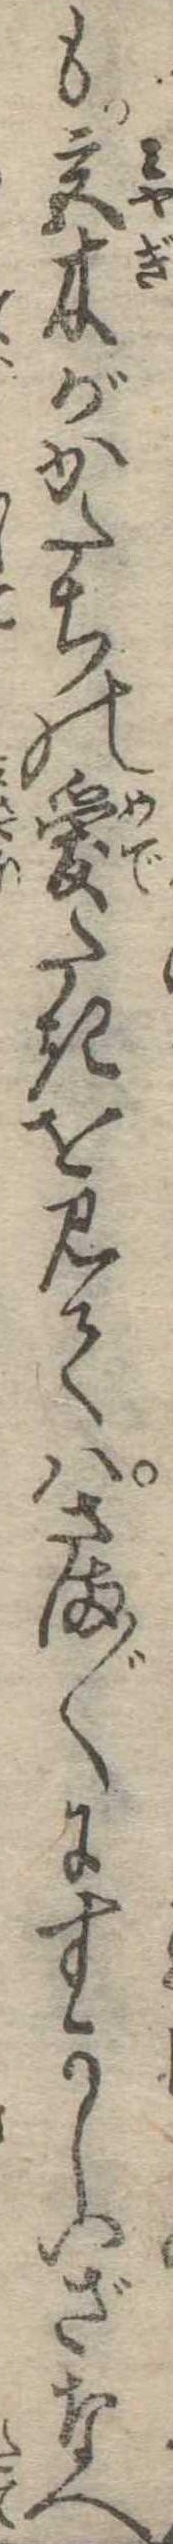
も宮木がかたちの愛たきを見てはさま〱にすかしいざなへ